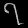
Digit: ၇